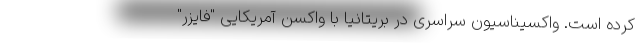
کرده است. واکسیناسیون سراسری در بریتانیا با واکسن آمریکایی "فایزر"